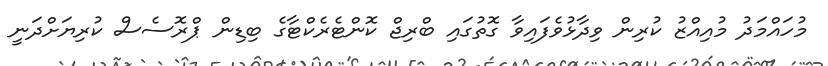
މުހައްމަދު މުއިއްޒު ކުރިން ވިދާޅުވެފައިވާ ގޮތުގައި ބްރިޖް ކޮންޓެރެކްޓާގެ ބިޑިން ޕްރޮސެސް ކުރިޔަށްދަނީ